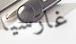
غارسيا